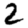
Digit: 2